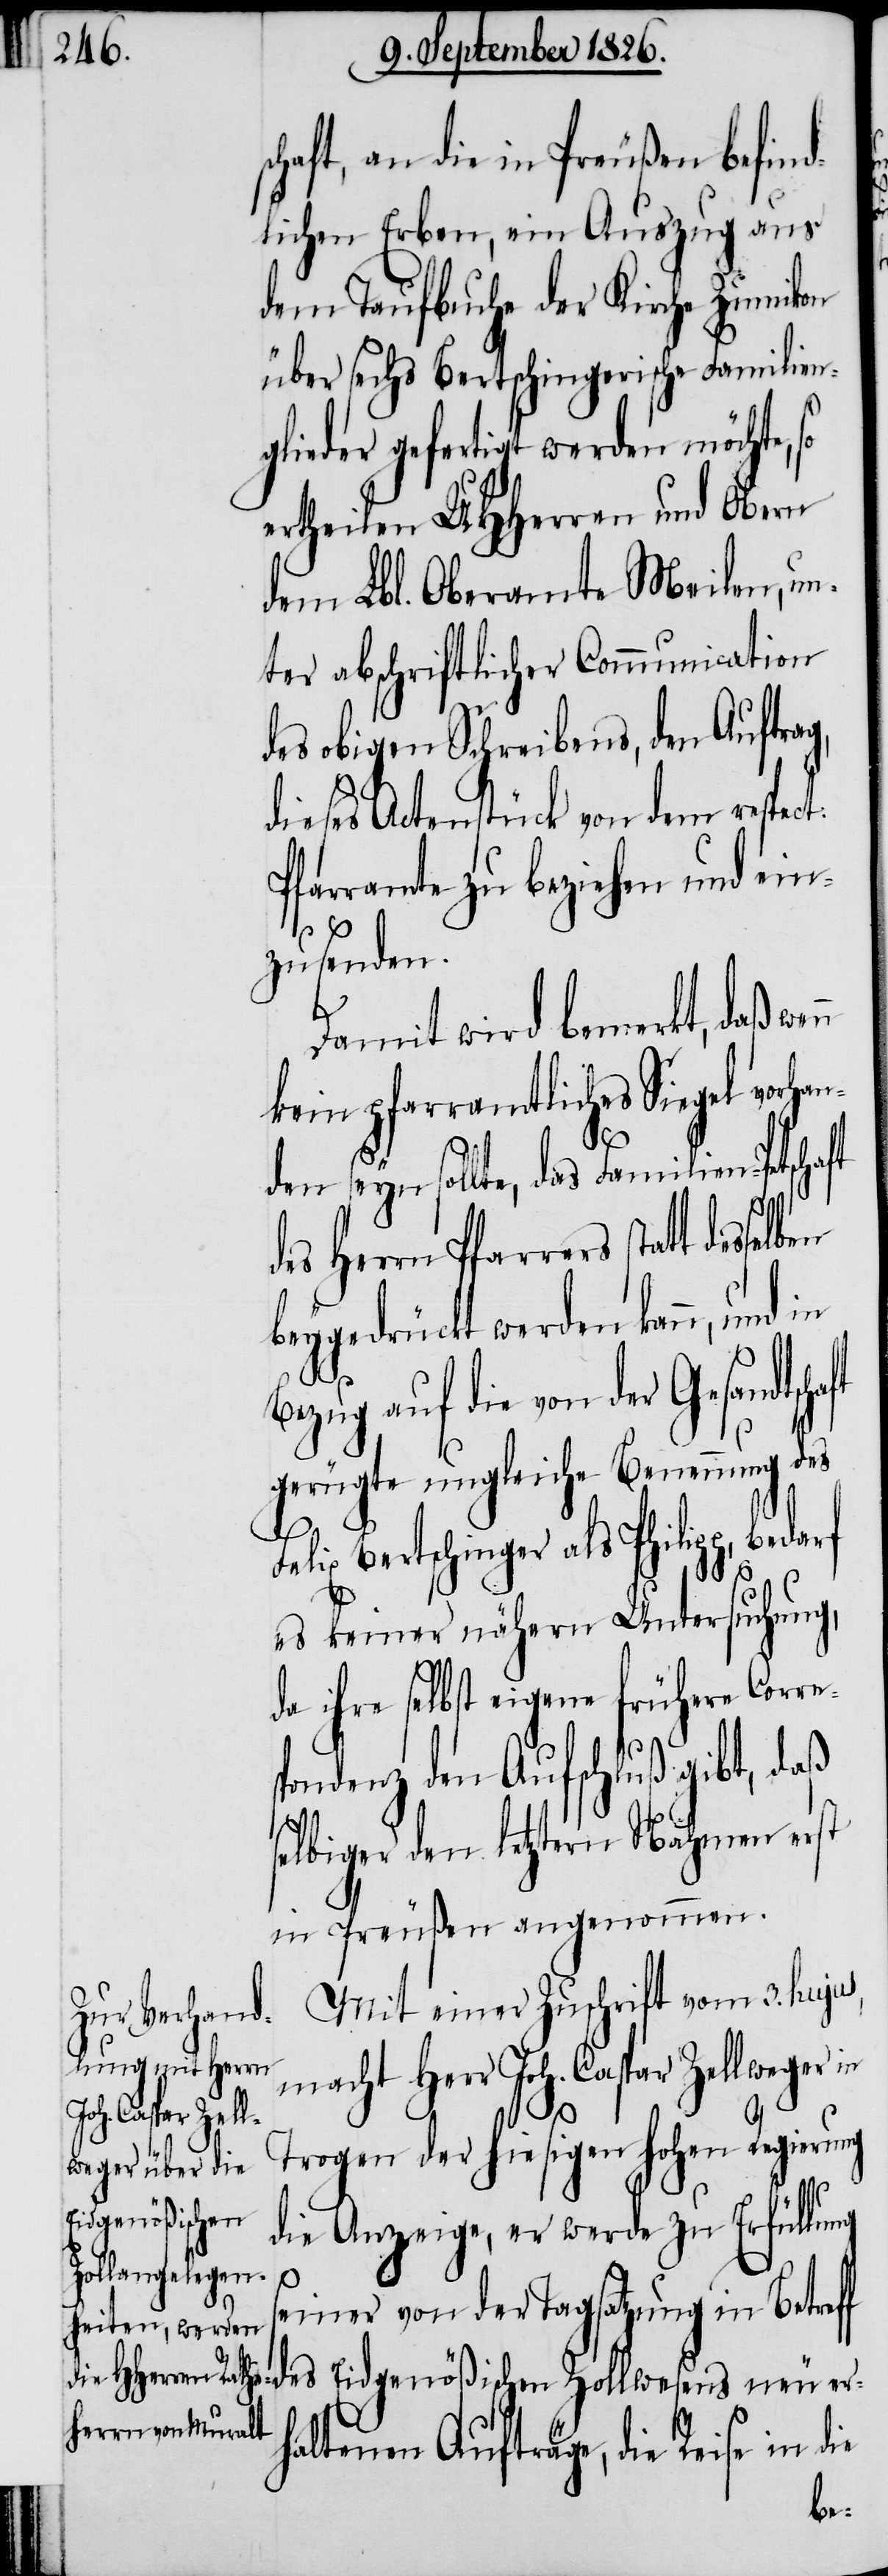
chaft, an die in Preußen befind¬
lichen Erben, ein Auszug aus
dem Taufbuche der Kirche Zumikon
über sechs Bertschingerische Familien¬
glieder gefertigt werden möchte,
ertheilen MHHerren und Obern
dem Lbl. Oberamte Meilen, un¬
ter abschriftlicher Communication
des obigen Schreibens, den Auftrag,
dieses Actenstück von dem repect:
Pfarramte zu beziehen und ein¬
zusenden.
Damit wird bemerkt, daß we¬
kein pfarramtliches Siegel vorha¬
f
den seyn sollte, das Familien-Petsc¬
des Herrn Pfarrers statt
beygedrückt werden kann, und
Bezug auf die von der
gerügte ungleiche Benennung
elix Bertschinger als Philipp,
es keiner nähern Untersuchung,
da ihre selbst eigene frühere Corre¬
spondenz den Aufschluß gibt, daß
selbiger den letztern Nahmen erst
in Preußen angenommen.
Mit einer Zuschrift vom 3. hujus,
macht Herr Joh. Caspar Zellweger in
er¬
Trogen der hiesigen hohen Regierung
Eidgenößischen
die Anzeige, er werde zu Erfüllung
seiner von der Tagsatzung in Betref¬
haltenen Aufträge, die Reise in die